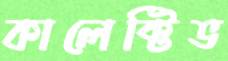
কালেক্টিভ